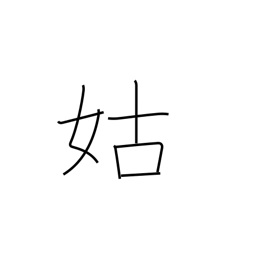
Meaning: mother-in-law